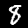
Label: 8